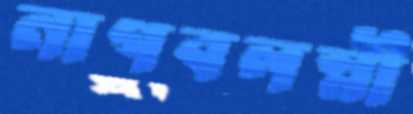
নাগবলস্নী